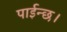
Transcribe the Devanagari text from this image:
पाईन्छ।